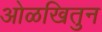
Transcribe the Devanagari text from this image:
ओळखितुन